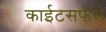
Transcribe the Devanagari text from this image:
काईटसर्फर्स